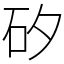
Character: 矽